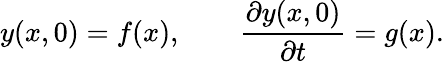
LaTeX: y(x,0)=f(x),\qquad{\frac{\partial y(x,0)}{\partial t}}=g(x).